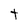
Character: t